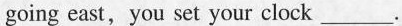
going east, you set your clock ___.